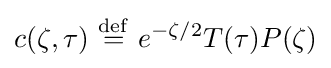
c(\zeta ,\tau )\ {\stackrel {\mathrm {def} }{=}}\ e^{-\zeta /2}T(\tau )P(\zeta )